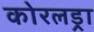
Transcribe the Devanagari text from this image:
कोरलड्रा